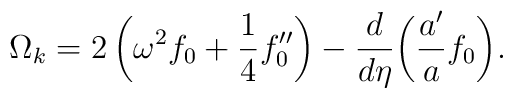
\Omega_{{k}}   =  2\left(\omega^2 f_0 + \frac{1}{4}f''_0\right)   - \frac{d}{d\eta}\bigg(\frac{a'}{a}f_0\bigg).